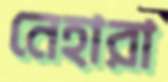
নেহারা